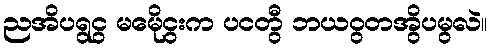
ညအိပရွငွ မမေိုငွးက ပငတွီ ဘယဝွတအွိပမွလဲ။